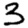
Digit: 3